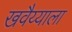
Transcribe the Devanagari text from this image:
खवैय्याला